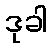
ဒုခါ